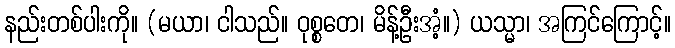
နည်းတစ်ပါးကို။ (မယာ၊ ငါသည်။ ဝုစ္စတေ၊ မိန့်ဦးအံ့။) ယသ္မာ၊ အကြင်ကြောင့်။